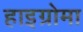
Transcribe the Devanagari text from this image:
हाइग्रोमा